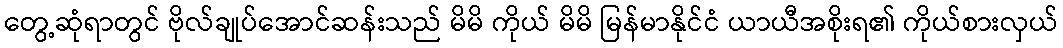
တွေ့ဆုံရာတွင် ဗိုလ်ချုပ်အောင်ဆန်းသည် မိမိ ကိုယ် မိမိ မြန်မာနိုင်ငံ ယာယီအစိုးရ၏ ကိုယ်စားလှယ်